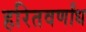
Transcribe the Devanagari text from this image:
हरितवर्णांध